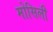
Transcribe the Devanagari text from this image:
मोसिली